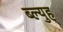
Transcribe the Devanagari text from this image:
ब्ल्युह्